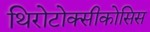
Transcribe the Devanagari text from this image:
थिरोटोक्सीकोसिस